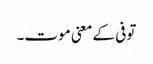
توفی کے معنی موت۔